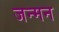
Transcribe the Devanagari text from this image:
जन्मन